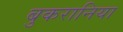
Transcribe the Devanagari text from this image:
बुकरानिया